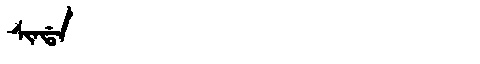
Manchu: ᠰᡳᠨᡩᠠ
Romanization: SINDA